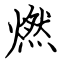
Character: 燃